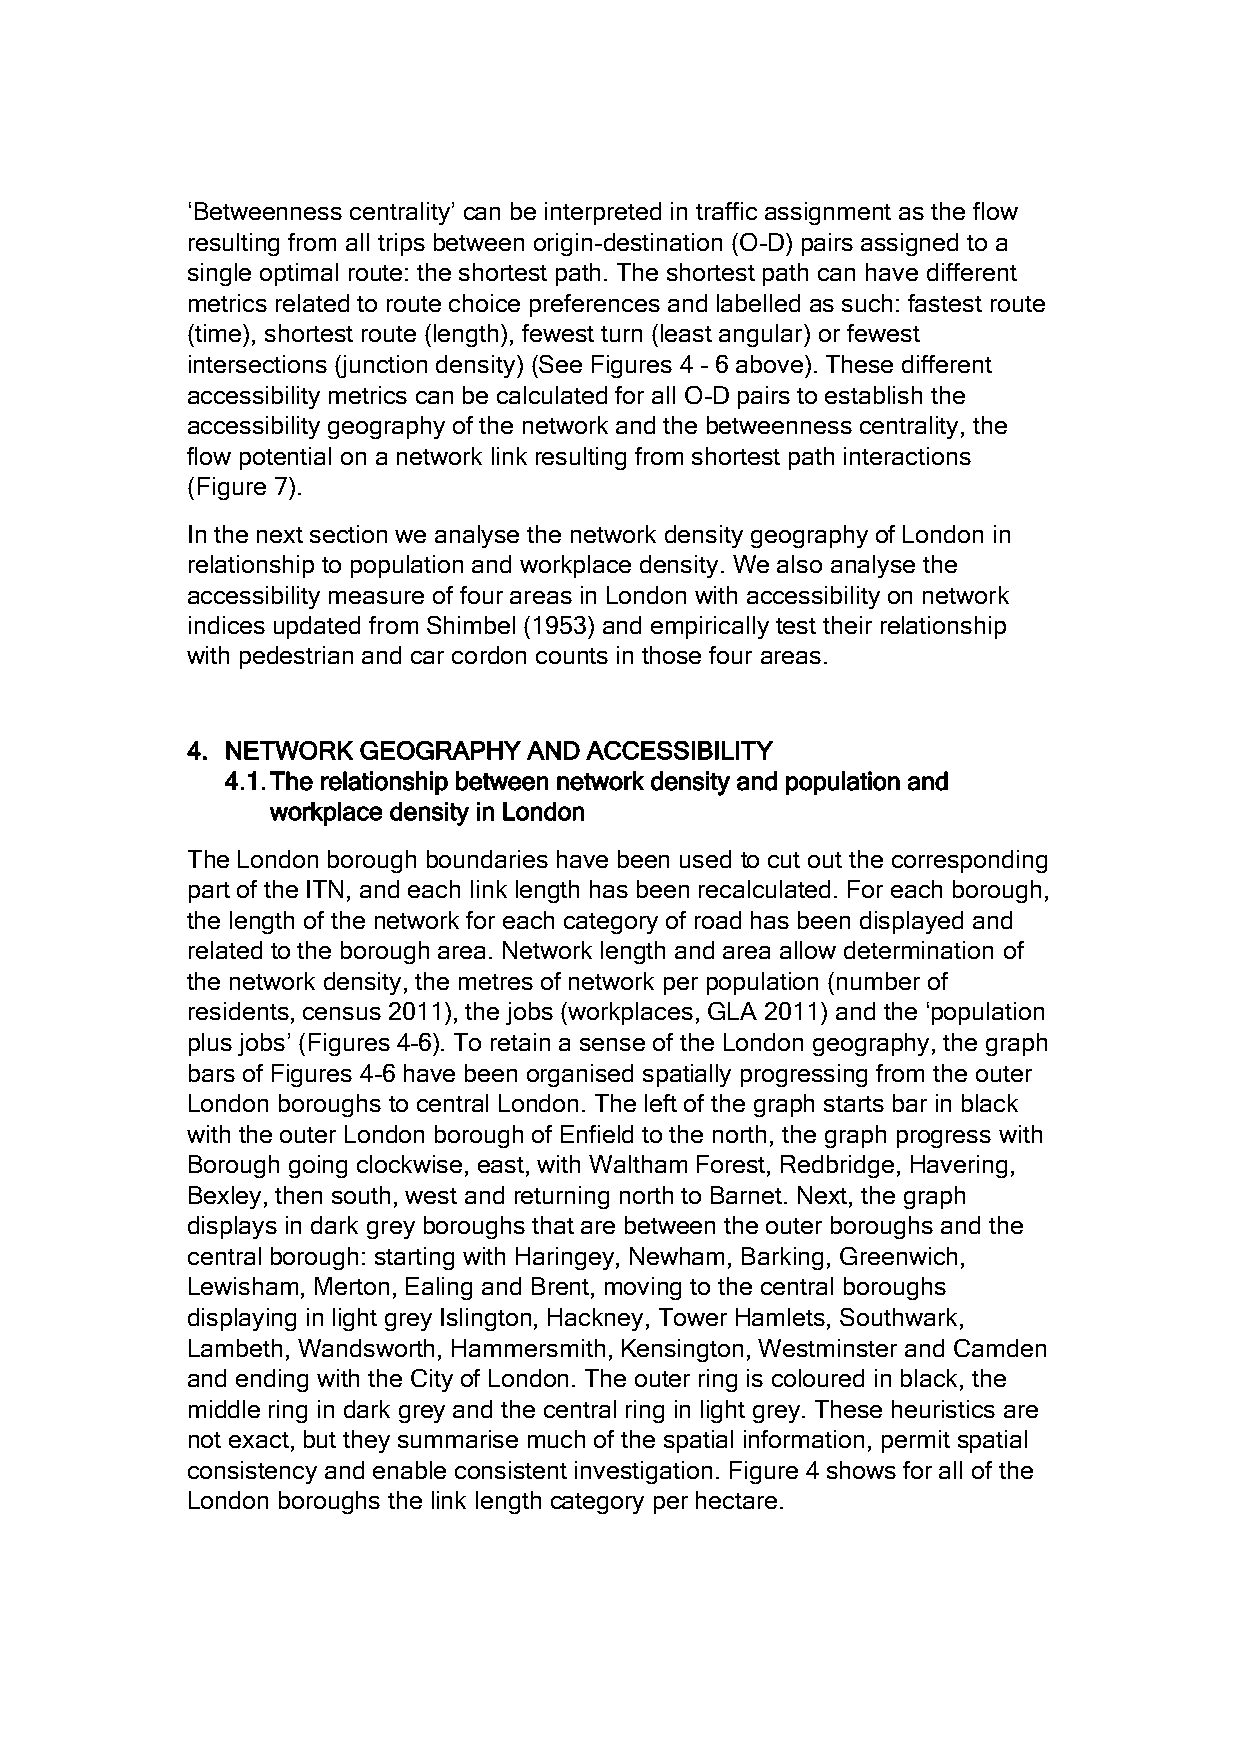
‘Betweenness centrality’ can be interpreted in traffic assignment as the flow
 resulting from all trips between origin-destination (O-D) pairs assigned to a
 single optimal route: the shortest path. The shortest path can have different
 metrics related to route choice preferences and labelled as such: fastest route
 (time), shortest route (length), fewest turn (least angular) or fewest
 intersections (junction density) (See Figures 4 – 6 above). These different
 accessibility metrics can be calculated for all O-D pairs to establish the
 accessibility geography of the network and the betweenness centrality, the
 flow potential on a network link resulting from shortest path interactions
 (Figure 7).
 In the next section we analyse the network density geography of London in
 relationship to population and workplace density. We also analyse the
 accessibility measure of four areas in London with accessibility on network
 indices updated from Shimbel (1953) and empirically test their relationship
 with pedestrian and car cordon counts in those four areas.
 4. NETWORK  GEOGRAPHY  AND ACCESSIBILITY
 4.1. The relationship between network density and population and
 workplace density in London
 The London borough boundaries have been used to cut out the corresponding
 part of the ITN, and each link length has been recalculated. For each borough,
 the length of the network for each category of road has been displayed and
 related to the borough area. Network length and area allow determination of
 the network density, the metres of network per population (number of
 residents, census 2011), the jobs (workplaces, GLA 2011) and the ‘population
 plus jobs’ (Figures 4–6). To retain a sense of the London geography, the graph
 bars of Figures 4–6 have been organised spatially progressing from the outer
 London boroughs to central London. The left of the graph starts bar in black
 with the outer London borough of Enfield to the north, the graph progress with
 Borough going clockwise, east, with Waltham Forest, Redbridge, Havering,
 Bexley, then south, west and returning north to Barnet. Next, the graph
 displays in dark grey boroughs that are between the outer boroughs and the
 central borough: starting with Haringey, Newham, Barking, Greenwich,
 Lewisham, Merton, Ealing and Brent, moving to the central boroughs
 displaying in light grey Islington, Hackney, Tower Hamlets, Southwark,
 Lambeth, Wandsworth, Hammersmith, Kensington, Westminster and Camden
 and ending with the City of London. The outer ring is coloured in black, the
 middle ring in dark grey and the central ring in light grey. These heuristics are
 not exact, but they summarise much of the spatial information, permit spatial
 consistency and enable consistent investigation. Figure 4 shows for all of the
 London boroughs the link length category per hectare.